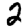
Digit: 2